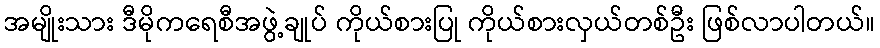
အမျိုးသား ဒီမိုကရေစီအဖွဲ့ချုပ် ကိုယ်စားပြု ကိုယ်စားလှယ်တစ်ဦး ဖြစ်လာပါတယ်။